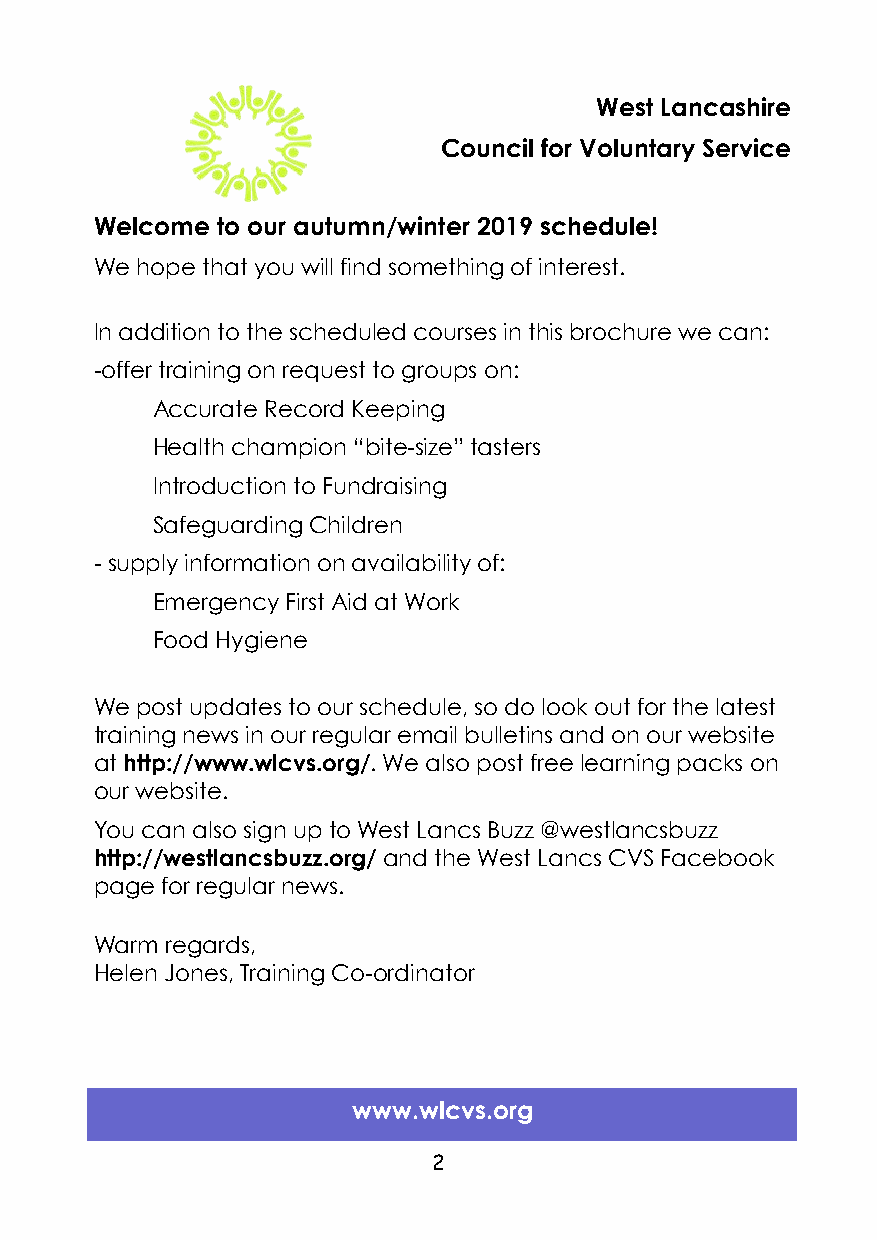
West Lancashire
 Council for Voluntary Service
 Welcome to our autumn/winter 2019 schedule!
 We hope that you will find something of interest.
 In addition to the scheduled courses in this brochure we can:
 -offer training on request to groups on:
 Accurate Record Keeping
 Health champion “bite-size” tasters
 Introduction to Fundraising
 Safeguarding Children
 - supply information on availability of:
 Emergency First Aid at Work
 Food Hygiene
 We post updates to our schedule, so do look out for the latest
 training news in our regular email bulletins and on our website
 at http://www.wlcvs.org/. We also post free learning packs on
 our website.
 You can also sign up to West Lancs Buzz @westlancsbuzz
 http://westlancsbuzz.org/ and the West Lancs CVS Facebook
 page for regular news.
 Warm regards,
 Helen Jones, Training Co-ordinator
 www.wlcvs.org
 2